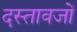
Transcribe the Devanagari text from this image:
दस्तावजों